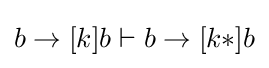
b\to [k]b\vdash b\to [k*]b\,\!